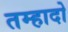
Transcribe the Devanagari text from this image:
तम्हादो